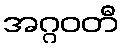
အဂ္ဂဝတီ